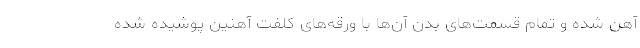
آهن شده و تمام قسمت‌های بدن آن‌ها با ورقه‌های کلفت آهنین پوشیده شده